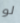
لو